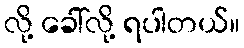
လို့ ခေါ်လို့ ရပါတယ်။